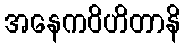
အနေကဝိဟိတာနိ